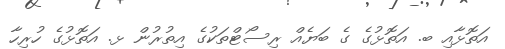
އަތޮޅާއި ބ. އަތޮޅުގެ ގެ ބަޔެއް ރިސޯޓްތަކުގެ އިތުރުން ޅ. އަތޮޅުގެ ހުރިހާ